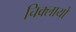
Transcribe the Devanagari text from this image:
चिक्लायो